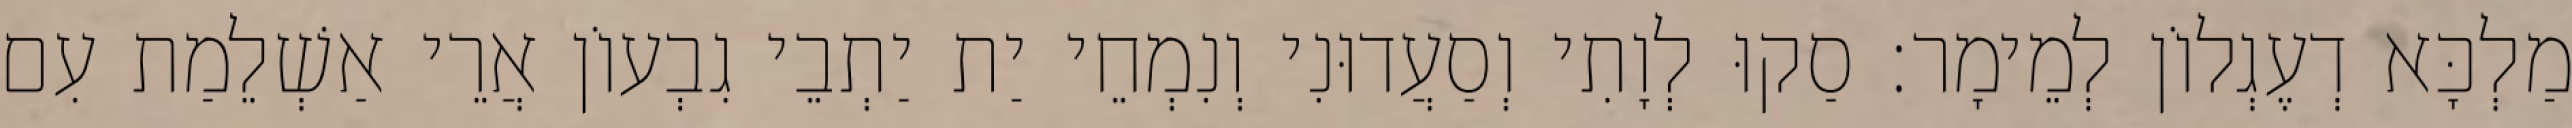
מַלְכָּא דְעֶגְלוֹן לְמֵימָר׃ סַקוּ לְוָתִי וְסַעֲדוּנִי וְנִמְחֵי יַת יַתְבֵי גִבְעוֹן אֲרֵי אַשְׁלֵמַת עִם